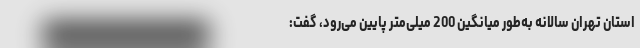
استان تهران سالانه به‌طور میانگین 200 میلی‌متر پایین می‌رود، گفت: